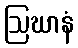
ဩဃာနံ